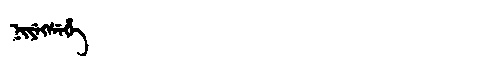
Manchu: ᠨᡳᠶᡝᡴᠰᡝᡥᡝ
Romanization: NIYEKSEHE